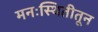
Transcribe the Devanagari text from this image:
मनःस्थितीतून